Scottish Leaving Certificate Examination, 1958
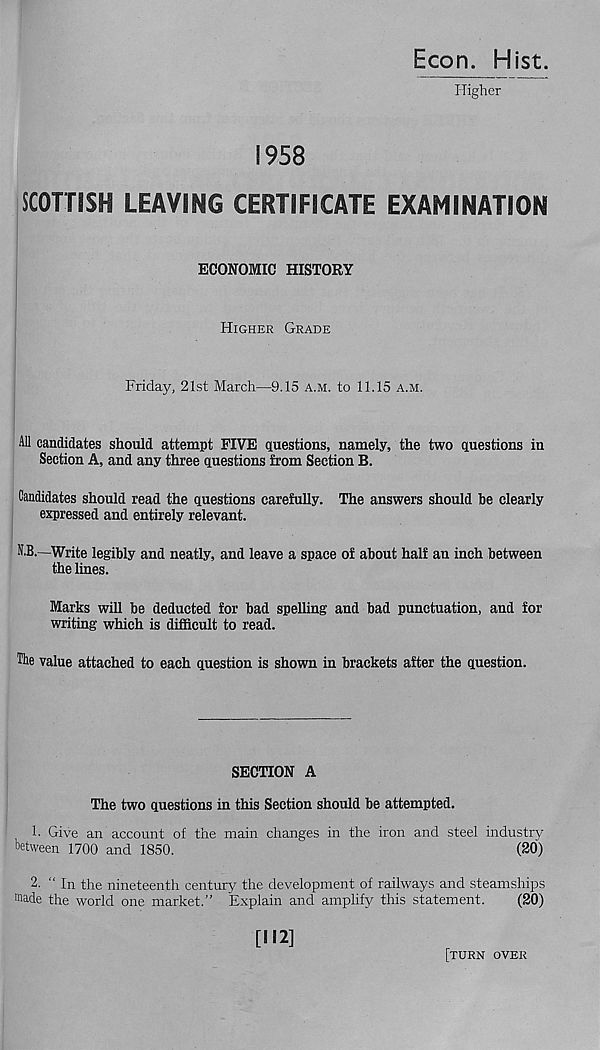
Econ. Hist.
Higher
1958
SCOTTISH LEAVING CERTIFICATE EXAMINATION
ECONOMIC HISTORY
Higher Grade
Friday, 21st March—9.15 a.m. to 11.15 a.m.
All candidates should attempt FIVE questions, namely, the two questions in
Section A, and any three questions from Section B.
Candidates should read the questions carefully. The answers should be clearly
expressed and entirely relevant.
H.B.—Write legibly and neatly, and leave a space of about half an inch between
the lines.
Marks will be deducted for bad spelling and bad punctuation, and for
writing which is difficult to read.
The value attached to each question is shown in brackets after the question.
SECTION A
The two questions in this Section should be attempted.
1. Give an account of the main changes in the iron and steel industry
between 1700 and 1850.
(20)
2. “ In the nineteenth century the development of railways and steamships
made the world one market.” Explain and amplify this statement.
(20)
[112]
[turn over